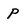
Character: P